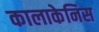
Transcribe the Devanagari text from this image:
कालाकेनिस